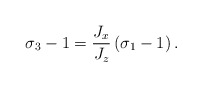
\begin{align*}\sigma_{3}-1=\frac{J_{x}}{J_{z}}\left( \sigma_{1}-1\right) .\end{align*}